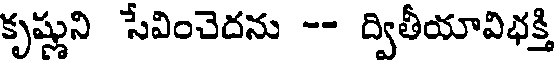
కృష్ణుని సేవించెదను -- ద్వితీయావిభక్తి